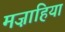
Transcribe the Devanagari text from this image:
मज़ाहिया